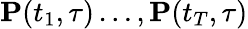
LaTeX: \mathbf{P}(t_{1},\tau)\dots,\mathbf{P}(t_{T},\tau)